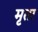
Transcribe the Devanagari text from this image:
मृता